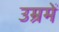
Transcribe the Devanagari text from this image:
उम्रमें